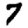
Digit: 7